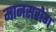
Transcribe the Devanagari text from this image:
मानसरोग